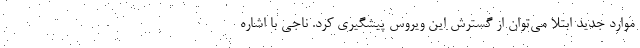
موارد جدید ابتلا می‌توان از گسترش این ویروس پیشگیری کرد. ناجی با اشاره